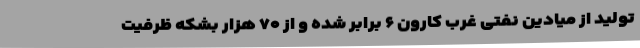
تولید از میادین نفتی غرب کارون ۶ برابر شده و از ۷۰ هزار بشکه ظرفیت